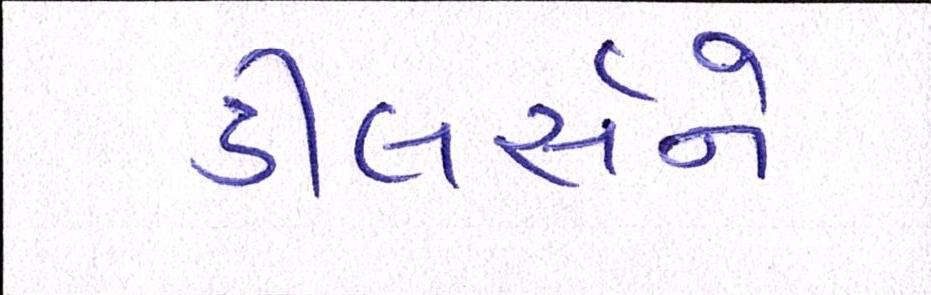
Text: ડીલર્સને